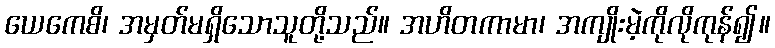
ယေကေစိ၊ အမှတ်မရှိသောသူတို့သည်။ အဟိတကာမာ၊ အကျိုးမဲ့ကိုလိုကုန်၍။